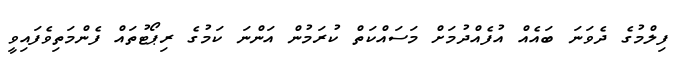
ފިލްމުގެ ދެވަނަ ބައެއް އުފެއްދުމަށް މަސައްކަތް ކުރަމުން އަންނަ ކަމުގެ ރިޕޯޓުތައް ފެންމަތިވެފައިވީ